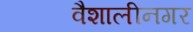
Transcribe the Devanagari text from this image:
वैशालीनगर